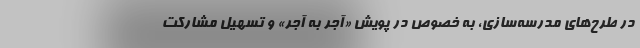
در طرح‌های مدرسه‌سازی، به خصوص در پویش «آجر به آجر» و تسهیل مشارکت